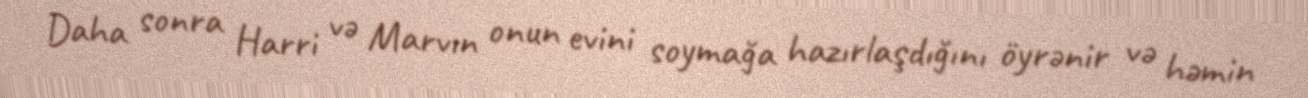
Daha sonra Harri və Marvın onun evini soymağa hazırlaşdığını öyrənir və həmin